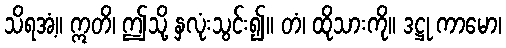
သိရအံ့။ ဣတိ၊ ဤသို့ နှလုံးသွင်း၍။ တံ၊ ထိုသားကို။ ဒဋ္ဌု ကာမော၊